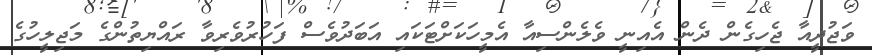
ވަޖުދީއާ ޖެހިގެން ދެން އެއިނީ ވެލެންސިއާ އެމީހަކަށްޓަކައި އަބަދުވެސް ފަހުރުވެރިވާ ރައްޔިތުންގެ މަޖިލީހުގެ